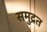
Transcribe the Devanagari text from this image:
समुद्रत